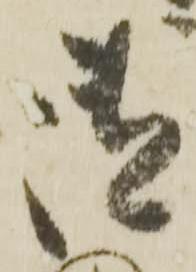
御